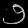
Digit: ၅